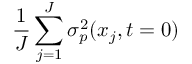
\frac { 1 } { J } \sum _ { j = 1 } ^ { J } \sigma _ { p } ^ { 2 } ( x _ { j } , t = 0 )